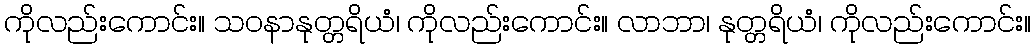
ကိုလည်းကောင်း။ သဝနာနုတ္တရိယံ၊ ကိုလည်းကောင်း။ လာဘာ၊ နုတ္တရိယံ၊ ကိုလည်းကောင်း။